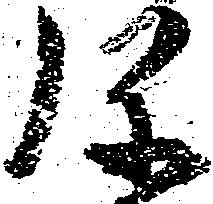
弥